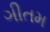
ગીતમ